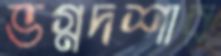
ভগ্নদশার